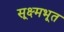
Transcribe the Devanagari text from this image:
सूक्ष्मभूत